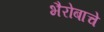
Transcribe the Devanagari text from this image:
भैरोबाचे